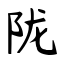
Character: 陇